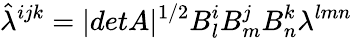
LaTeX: \hat{\lambda}^{ijk}=|detA|^{1/2}B_{l}^{i}B_{m}^{j}B_{n}^{k}\lambda^{lmn}